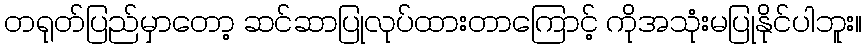
တရုတ်ပြည်မှာတော့ ဆင်ဆာပြုလုပ်ထားတာကြောင့် ကိုအသုံးမပြုနိုင်ပါဘူး။